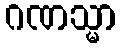
ဂဏသ္မာ